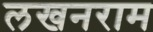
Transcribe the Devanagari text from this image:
लखनराम